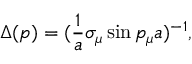
\Delta ( p ) = ( \frac { 1 } { a } \sigma _ { \mu } \sin p _ { \mu } a ) ^ { - 1 } ,